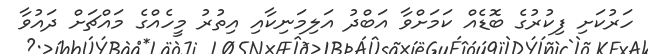
ހަރުކަށި ފިކުރުގެ ބޮޑެއް ކަމަށްވާ އަބްދު އަލިމަނިކާއި އިތުރު މީހެއްގެ މައްޗަށް ދައުވާ